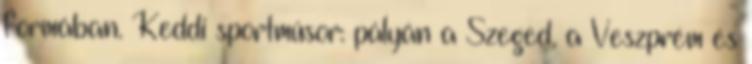
formában. Keddi sportműsor: pályán a Szeged, a Veszprém és